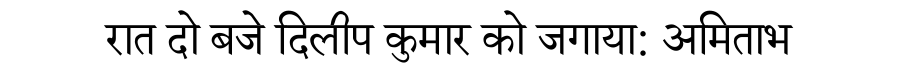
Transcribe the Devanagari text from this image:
रात दो बजे दिलीप कुमार को जगाया: अमिताभ